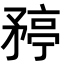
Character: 𬑯